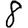
Digit: 8